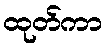
ထုတ်ကာ